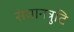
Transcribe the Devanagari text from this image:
संघानत्रुटि